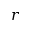
r